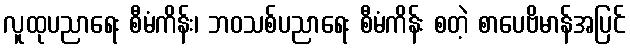
လူထုပညာရေး စီမံကိန်း၊ ဘဝသစ်ပညာရေး စီမံကိန်း စတဲ့ စာပေဗိမာန်အပြင်